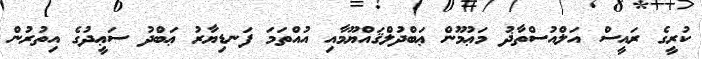
ކުރީގެ ރައީސް އަލްއުސްތާޛު މަޢުމޫން ޢަބްދުލްޤައްޔޫމާއި އުއްތަމަ ފަނޑިޔާރު ޢަބްދު ސަޢީދުގެ އިތުރުން